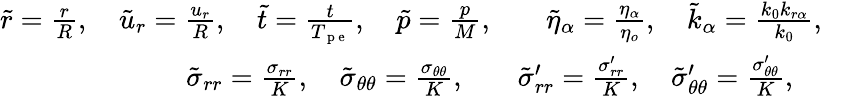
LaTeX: \begin{array}{rl}{\tilde{r}=\frac{r}{R},\quad\tilde{u}_{r}=\frac{u_{r}}{R},\quad\tilde{t}=\frac{t}{T_{\mathrm{~p~e~}}},\quad\tilde{p}=\frac{p}{M},}&{{}\quad\tilde{\eta}_{\alpha}=\frac{\eta_{\alpha}}{\eta_{o}},\quad\tilde{k}_{\alpha}=\frac{k_{0}k_{r\alpha}}{k_{0}},\quad}\\ {\tilde{\sigma}_{rr}=\frac{\sigma_{rr}}{K},\quad\tilde{\sigma}_{\theta\theta}=\frac{\sigma_{\theta\theta}}{K},\quad}&{{}\tilde{\sigma}_{rr}^{\prime}=\frac{\sigma_{rr}^{\prime}}{K},\quad\tilde{\sigma}_{\theta\theta}^{\prime}=\frac{\sigma_{\theta\theta}^{\prime}}{K},}\end{array}